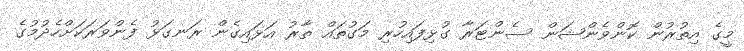
މީގެ އިތުރުން ކޮންވެންޝަން ސެންޓަރާ ގުޅިފައިހުރި މަގުތައް ތާރު އަޅައިގެން ރަނގަޅު ފެންވަރަކަށްހެދުމުގެ